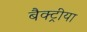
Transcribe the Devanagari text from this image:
बैक्ट्रीया